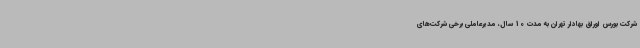
شرکت بورس اوراق بهادار تهران به مدت 10 سال، مدیرعاملی برخی شرکت‌های